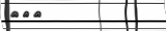
١٤٦